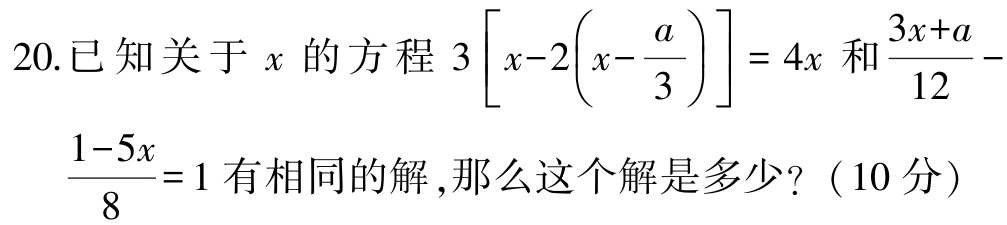
20.已知关于\(x\)的方程\(3\left[x - 2\left(x - \frac{a}{3}\right)\right]= 4x\)和\(\frac{3x + a}{12}-\frac{1 - 5x}{8}= 1\)有相同的解,那么这个解是多少?（10分）